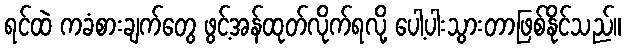
ရင်ထဲ ကခံစားချက်တွေ ဖွင့်အန်ထုတ်လိုက်ရလို့ ပေါ့ပါးသွားတာဖြစ်နိုင်သည်။